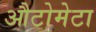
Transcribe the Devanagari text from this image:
औटोमेटा